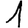
Digit: 1